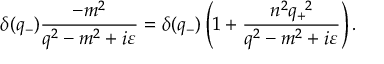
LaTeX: { \delta } ( q _ { - } ) \frac { - m ^ { 2 } } { q ^ { 2 } - m ^ { 2 } + i { \varepsilon } } = { \delta } ( q _ { - } ) \left( 1 + \frac { n ^ { 2 } q _ { + } ^ { \; \; 2 } } { q ^ { 2 } - m ^ { 2 } + i { \varepsilon } } \right) .